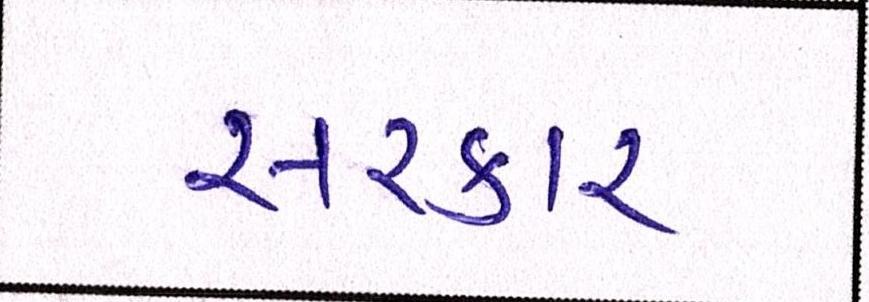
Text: સરકાર